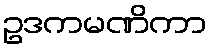
ဥဒကမဏိကာ